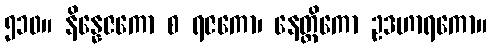
၅၁၀။ နိန္နေဇကော စ ရဇကော၊ နေတ္တိကော ဥဒဟာရကော။